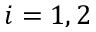
i = 1 , 2